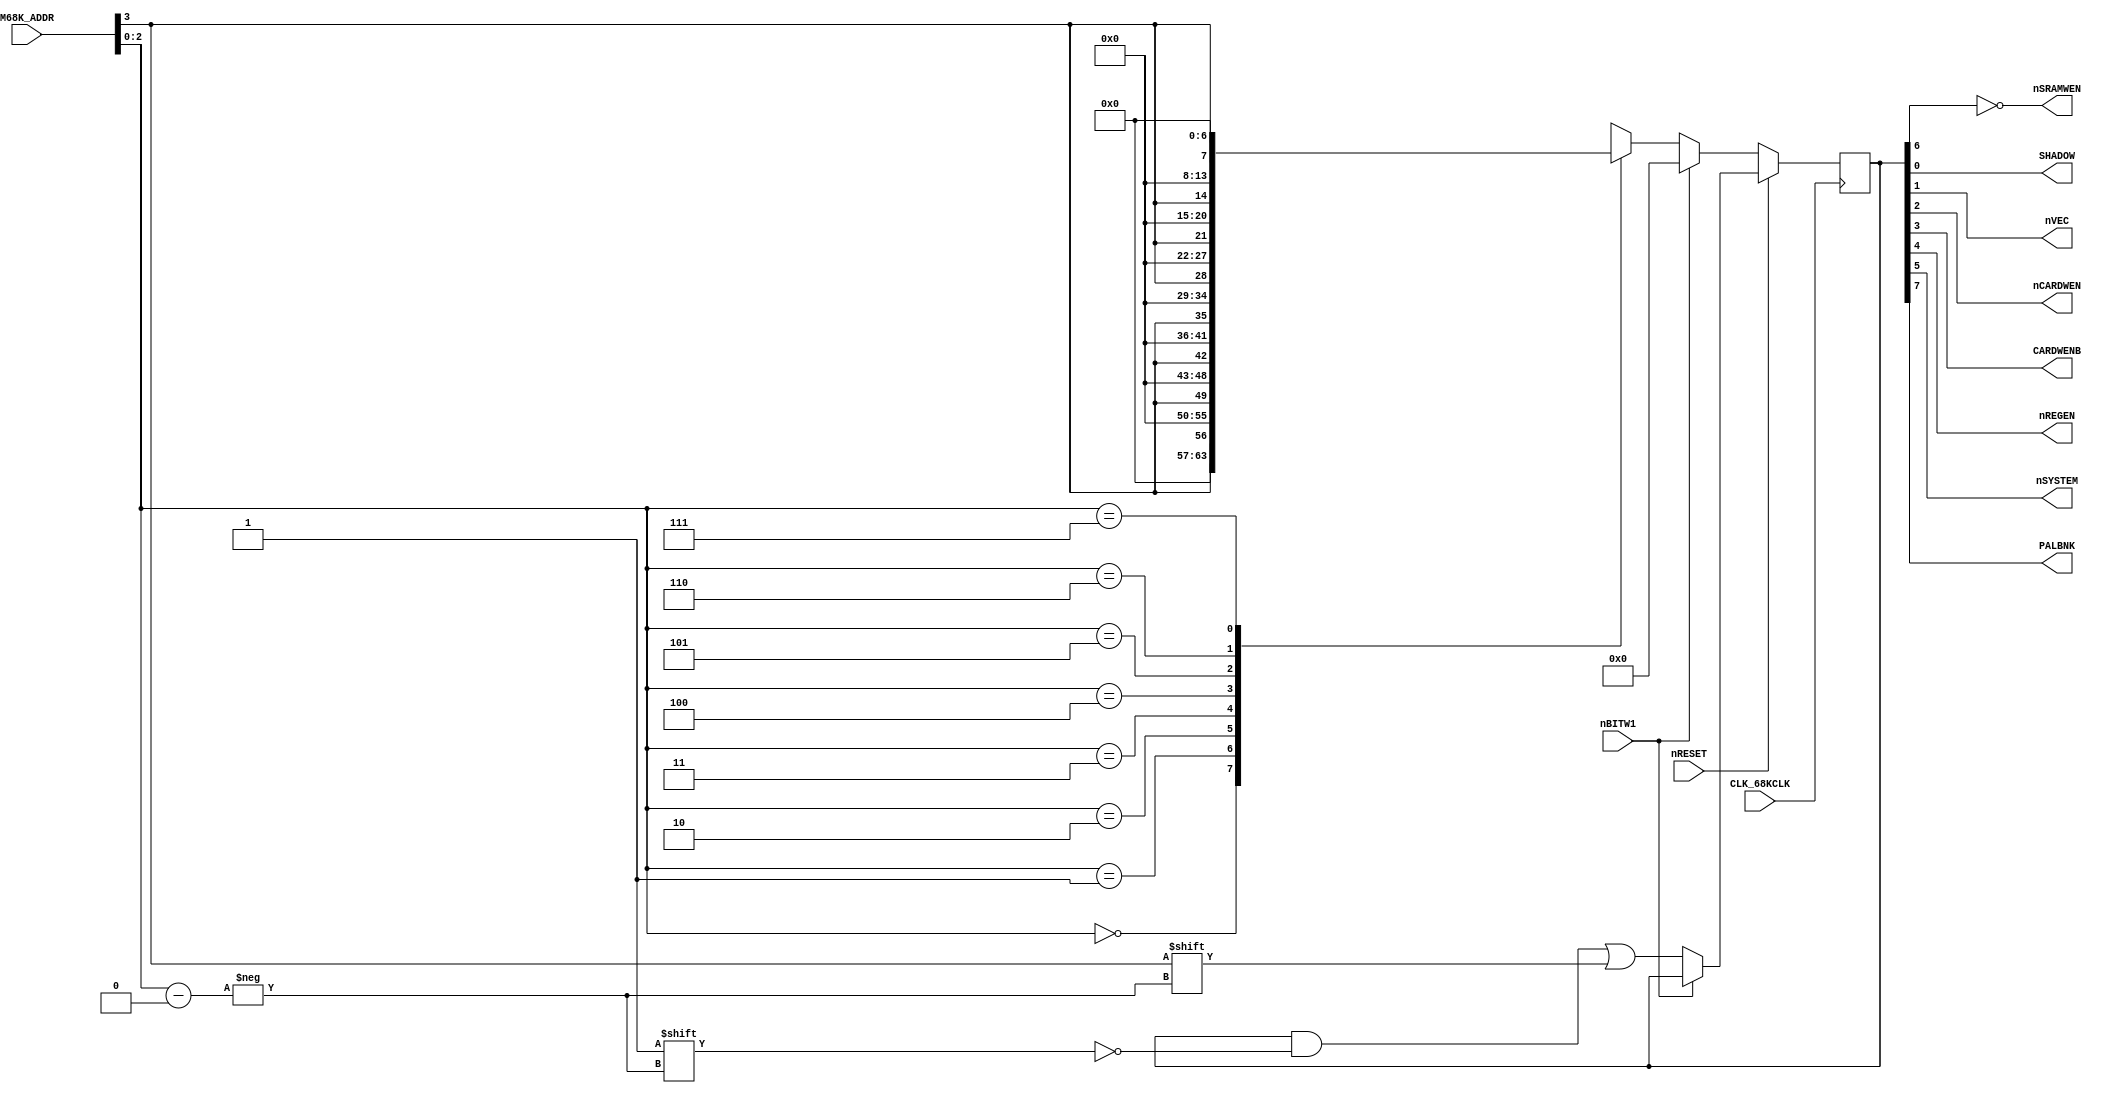
// NeoGeo logic definition
// Copyright (C) 2018 Sean Gonsalves
//
// This program is free software: you can redistribute it and/or modify
// it under the terms of the GNU General Public License as published by
// the Free Software Foundation, either version 3 of the License, or
// (at your option) any later version.
//
// This program is distributed in the hope that it will be useful,
// but WITHOUT ANY WARRANTY; without even the implied warranty of
// MERCHANTABILITY or FITNESS FOR A PARTICULAR PURPOSE.  See the
// GNU General Public License for more details.
//
// You should have received a copy of the GNU General Public License
// along with this program.  If not, see <https://www.gnu.org/licenses/>.

module syslatch(
	input [4:1] M68K_ADDR,
	input nBITW1,
	input nRESET,
	output SHADOW, nVEC, nCARDWEN, CARDWENB, nREGEN, nSYSTEM, nSRAMWEN, PALBNK,
	input CLK_68KCLK
);

	reg [7:0] SLATCH;
	
	assign SHADOW = SLATCH[0];
	assign nVEC = SLATCH[1];
	assign nCARDWEN = SLATCH[2];
	assign CARDWENB = SLATCH[3];
	assign nREGEN = SLATCH[4];
	assign nSYSTEM = SLATCH[5];
	assign nSRAMWEN = ~SLATCH[6];		// See MVS schematics page 3
	assign PALBNK = SLATCH[7];
	
	// System latch
	/*always @(*)	// M68K_ADDR[4:1] or nBITW1 or nRESET
	begin
		if (!nRESET)
		begin
			if (nBITW1)
				SLATCH <= 8'h00;	// Clear
			else
			begin						// Demux mode
				case (M68K_ADDR[3:1])
					0: SLATCH <= {7'b0000000, M68K_ADDR[4]};
					1: SLATCH <= {6'b000000, M68K_ADDR[4], 1'b0};
					2: SLATCH <= {5'b00000, M68K_ADDR[4], 2'b00};
					3: SLATCH <= {4'b0000, M68K_ADDR[4], 3'b000};
					4: SLATCH <= {3'b000, M68K_ADDR[4], 4'b0000};
					5: SLATCH <= {2'b00, M68K_ADDR[4], 5'b00000};
					6: SLATCH <= {1'b0, M68K_ADDR[4], 6'b000000};
					7: SLATCH <= {M68K_ADDR[4], 7'b0000000};
				endcase
			end
		end
		else if (!nBITW1)
		begin							// Latch mode
			SLATCH[M68K_ADDR[3:1]] <= M68K_ADDR[4];
		end
	end*/
	
	always @(posedge CLK_68KCLK)	// M68K_ADDR[4:1] or nBITW1 or nRESET
	begin
		if (!nRESET)
		begin
			if (nBITW1)
				SLATCH <= 8'h00;	// Clear
			else
			begin						// Demux mode
				case (M68K_ADDR[3:1])
					0: SLATCH <= {7'b0000000, M68K_ADDR[4]};
					1: SLATCH <= {6'b000000, M68K_ADDR[4], 1'b0};
					2: SLATCH <= {5'b00000, M68K_ADDR[4], 2'b00};
					3: SLATCH <= {4'b0000, M68K_ADDR[4], 3'b000};
					4: SLATCH <= {3'b000, M68K_ADDR[4], 4'b0000};
					5: SLATCH <= {2'b00, M68K_ADDR[4], 5'b00000};
					6: SLATCH <= {1'b0, M68K_ADDR[4], 6'b000000};
					7: SLATCH <= {M68K_ADDR[4], 7'b0000000};
				endcase
			end
		end
		else if (!nBITW1)
		begin							// Latch mode
			SLATCH[M68K_ADDR[3:1]] <= M68K_ADDR[4];
		end
	end
	
endmodule